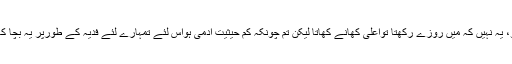
اس لئے اچھا کھانا کھلاؤ، یہ نہیں کہ مَیں روزے رکھتا تواعلیٰ کھانے کھاتا لیکن تم چونکہ کم حیثیت آدمی ہواس لئے تمہارے لئے فدیہ کے طورپر یہ بچا کھچا کھانا ہی موجود ہے۔